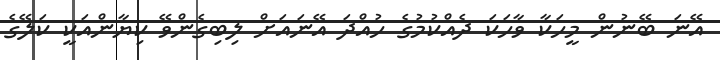
އޭނަ ބޭނުން މީހަކާ ވާހަކަ ދެއްކުމުގެ ހުއްދަ އޭނައަށް ލިބިގެންވޭ ކިޔާންއަކީ ކަލޭގެ